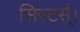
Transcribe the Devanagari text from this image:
सिस्टर्स्।